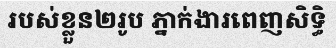
របស់ខ្លួន២រូប ភ្នាក់ងារពេញសិទ្ធិ